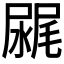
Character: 𰎂